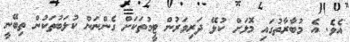
އެވެ. އެ މުބާރާތުގައި މޮޅަށް ކުޅޭ ދަރިވަރުން ޓީމުތަކަށް ގެންނަން ކުލަބުތަކުން ތިބޭނީ